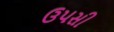
ઉપસી